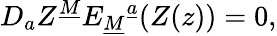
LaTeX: {D}_{a}Z^{\underline{{M}}}E_{\underline{{M}}}{}^{\underline{{a}}}(Z(z))=0,